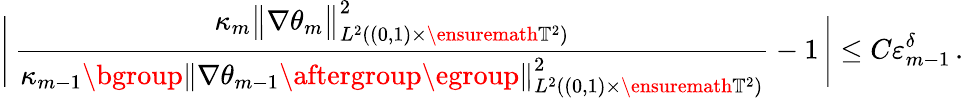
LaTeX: \Biggl|\, \frac{\kappa_{m}\big\| \nabla{\theta}_{m}\big\| _{L^{2}((0,1)\times\ensuremath{\mathbb{T}}^{2})}^{2}}{\kappa_{m-1}\mathopen{}\mathclose\bgroup\left\| \nabla\theta_{m-1}\aftergroup\egroup\right\| _{L^{2}((0,1)\times\ensuremath{\mathbb{T}}^{2})}^{2}}-1\, \Biggr|\leq C\varepsilon_{m-1}^{\delta}\, .